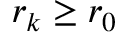
r _ { k } \ge r _ { 0 }